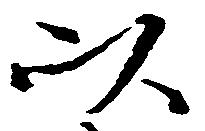
以